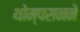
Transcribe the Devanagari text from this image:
थोम्पसनने